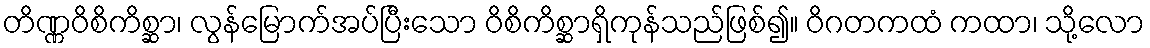
တိဏ္ဏဝိစိကိစ္ဆာ၊ လွန်မြောက်အပ်ပြီးသော ဝိစိကိစ္ဆာရှိကုန်သည်ဖြစ်၍။ ဝိဂတကထံ ကထာ၊ သို့လော